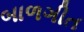
બાળગીત